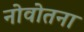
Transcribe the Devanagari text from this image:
नोवोतना